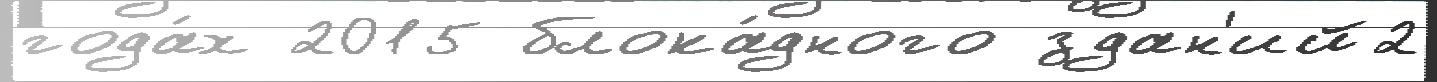
года́х 2015 блока́дного здан'ий2